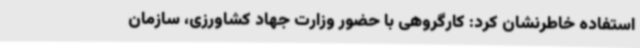
استفاده خاطرنشان کرد: کارگروهی با حضور وزارت جهاد کشاورزی، سازمان